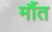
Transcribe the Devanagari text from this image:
र्मौत